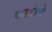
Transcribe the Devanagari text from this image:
कारोले